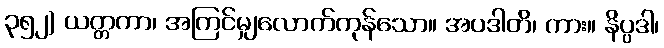
၃၅၂) ယတ္တကာ၊ အကြင်မျှလောက်ကုန်သော။ အပဒါတိ၊ ကား။ နိပ္ပဒါ၊